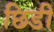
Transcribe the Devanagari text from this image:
छिडी